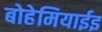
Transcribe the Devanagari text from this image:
बोहेमियाईइ